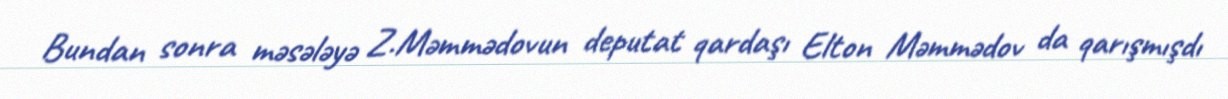
Bundan sonra məsələyə Z.Məmmədovun deputat qardaşı Elton Məmmədov da qarışmışdı